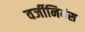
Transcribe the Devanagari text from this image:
वर्जीनियंस